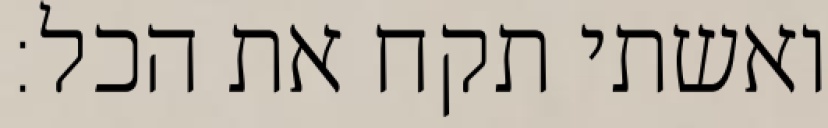
ואשתי תקח את הכל: